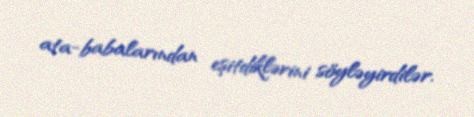
ata-babalarından eşitdiklərini söyləyirdilər.